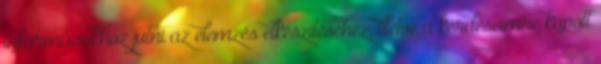
információkhoz jutni az elemzés elkészítéséhez, illetve a kérdéseimre kapott